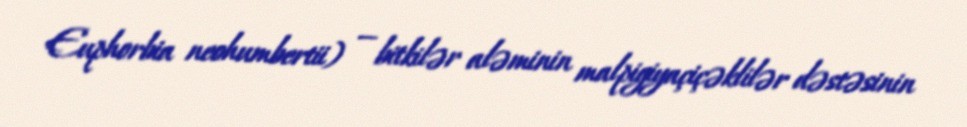
Euphorbia neohumbertii) — bitkilər aləminin malpigiyaçiçəklilər dəstəsinin